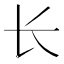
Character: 长